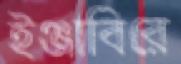
ইঞ্জাবিরে